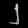
Digit: ၂